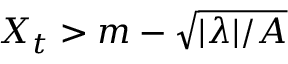
X _ { t } > m - \sqrt { | \lambda | / A }